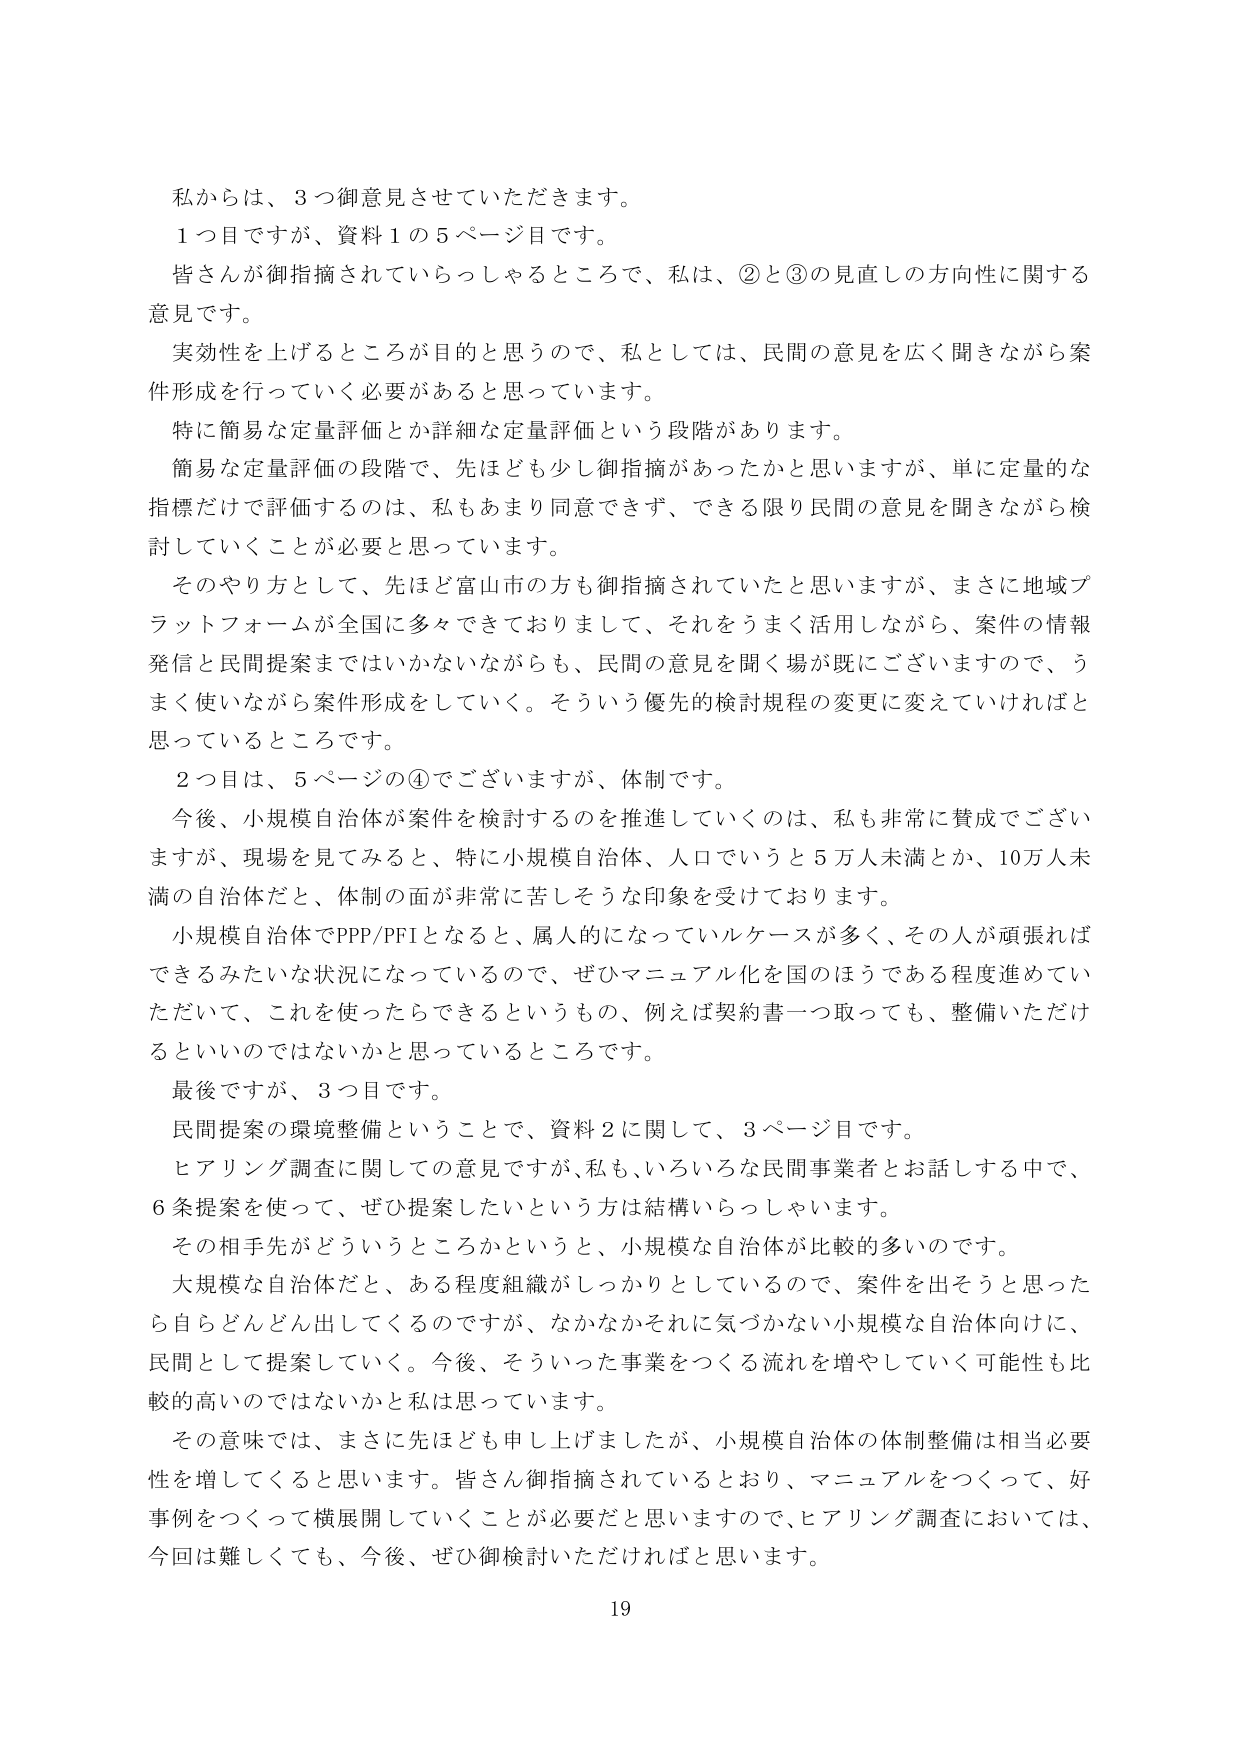
私からは、3つ御意見させていただきます。
1つ目ですが、資料1の5ページ目です。
皆さんが御指摘されていらっしゃるところで、私は、②と③の見直しの方向性に関する
意見です。
実効性を上げるところが目的と思うので、私としては、民間の意見を広く聞きながら案
件形成を行っていく必要があると思っています。
特に簡易な定量評価とか詳細な定量評価という段階があります。
簡易な定量評価の段階で、先ほども少し御指摘があったかと思いますが、単に定量的な
指標だけで評価するのは、私もあまり同意できず、できる限り民間の意見を聞きながら検
討していくことが必要と思っています。
そのやり方として、先ほど富山市の方も御指摘されていたと思いますが、まさに地域プ
ラットフォームが全国に多くできておりまして、それをうまく活用しながら、案件の情報
発信と民間提案まではいかないながらも、民間の意見を聞く場が既にございますので、う
まく使いながら案件形成をしていく。そういう優先的検討規程の変更に変えていければと
思っているところです。
2つ目は、5ページの④でございますが、体制です。
今後、小規模自治体が案件を検討するのを推進していくのは、私も非常に賛成でござい
ますが、現場を見てみると、特に小規模自治体、人口でいうと5万人未満とか、10万人未
満の自治体だと、体制の面が非常に苦しそうな印象を受けております。
小規模自治体でPPP/PFIとなると、属人的になっていルケースが多く、その人が頑張れば
できるみたいな状況になっているので、ぜひマニュアル化を国のほうである程度進めてい
ただいて、これを使ったたらできるというもの、例えば契約書一つ取っても、整備いただけ
るといいのではないかと思っているところです。
最後ですが、3つ目です。
民間提案の環境整備ということで、資料2に関して、3ページ目です。
ヒアリング調査に関しての意見ですが、私も、いろいろな民間事業者とお話する中で、
6条提案を使って、ぜひ提案したいという方は結構いらっしゃいます。
その相手先がどういうところかというと、小規模な自治体が比較的多いのです。
大規模な自治体だと、ある程度組織がしっかりとしているので、案件を出そうと思った
ら自らどんどん出してくるのですが、なかなかそれに気づかない小規模な自治体向けに、
民間として提案していく。今後、そういった事業をつくる流れを増やしていく可能性も比
較的高いのではないか私は思っています。
その意味では、まさに先ほども申し上げましたが、小規模自治体の体制整備は相当必要
性を増してくると思います。皆さん御指摘されているとおり、マニュアルをつくって、好
事例をつくって横展開していくことが必要だと思いますので、ヒアリング調査においては、
今回は難しくても、今後、ぜひ御検討いただければと思います。
19